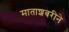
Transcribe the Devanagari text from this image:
माताशबरीने